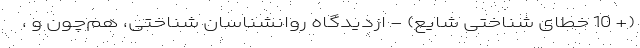
(+ 10 خطای شناختی شایع) - ازدیدگاه روانشناسانِ شناختی، هم‌چون و ،